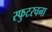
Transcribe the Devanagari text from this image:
स्फुटरचना